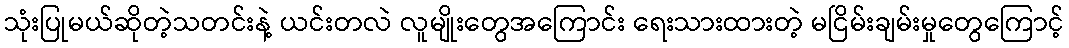
သုံးပြုမယ်ဆိုတဲ့သတင်းနဲ့ ယင်းတလဲ လူမျိုးတွေအကြောင်း ရေးသားထားတဲ့ မငြိမ်းချမ်းမှုတွေကြောင့်